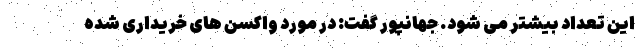
این تعداد بیشتر می شود. جهانپور گفت: در مورد واکسن های خریداری شده